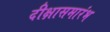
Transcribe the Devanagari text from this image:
दीक्षासमारंभ